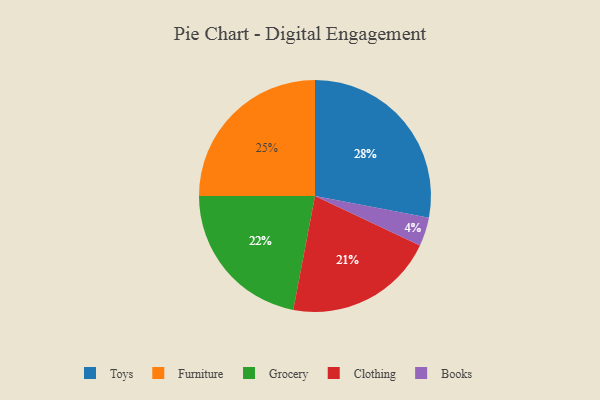
{"axis": {"x": "Category", "y": "Percentage"}, "legend": ["Books", "Clothing", "Furniture", "Grocery", "Toys"], "data": [{"x": "Grocery", "y": 22, "type": "Grocery"}, {"x": "Clothing", "y": 21, "type": "Clothing"}, {"x": "Furniture", "y": 25, "type": "Furniture"}, {"x": "Books", "y": 4, "type": "Books"}, {"x": "Toys", "y": 28, "type": "Toys"}]}